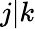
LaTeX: j\vert k